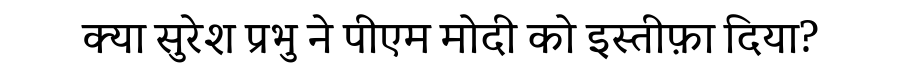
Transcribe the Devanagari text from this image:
क्या सुरेश प्रभु ने पीएम मोदी को इस्तीफ़ा दिया?